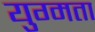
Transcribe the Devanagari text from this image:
युग्मता